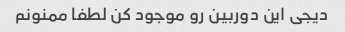
دیجی این دوربین رو موجود کن لطفا ممنونم